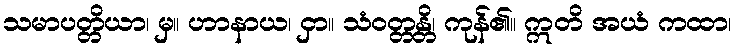
သမာပတ္တိယာ၊ မှ။ ဟာနာယ၊ ငှာ။ သံဝတ္တန္တိ၊ ကုန်၏။ ဣတိ အယံ ကထာ၊